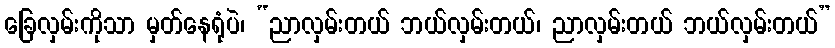
ခြေလှမ်းကိုသာ မှတ်နေရုံပဲ၊ “ညာလှမ်းတယ် ဘယ်လှမ်းတယ်၊ ညာလှမ်းတယ် ဘယ်လှမ်းတယ်”